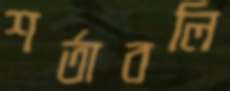
শর্তাবলি